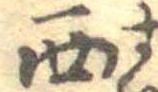
西